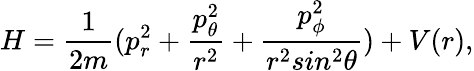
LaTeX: H={\frac{1}{2m}}(p_{r}^{2}+{\frac{p_{\theta}^{2}}{r^{2}}}+{\frac{p_{\phi}^{2}}{r^{2}sin^{2}\theta}})+V(r),